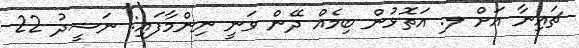
ޗައިނާ އަށް ލ. އަތޮޅުން ބިމެއް ދޭން ވަނީ ނިންމާފައި: ނަޝީދު 22